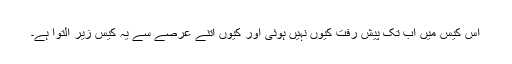
اس کیس میں اب تک پیش رفت کیوں نہیں ہوئی اور کیوں اتنے عرصے سے یہ کیس زیرِ التوا ہے۔